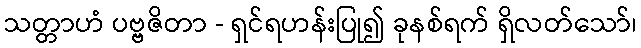
သတ္တာဟံ ပဗ္ဗဇိတာ - ရှင်ရဟန်းပြု၍ ခုနစ်ရက် ရှိလတ်သော်၊